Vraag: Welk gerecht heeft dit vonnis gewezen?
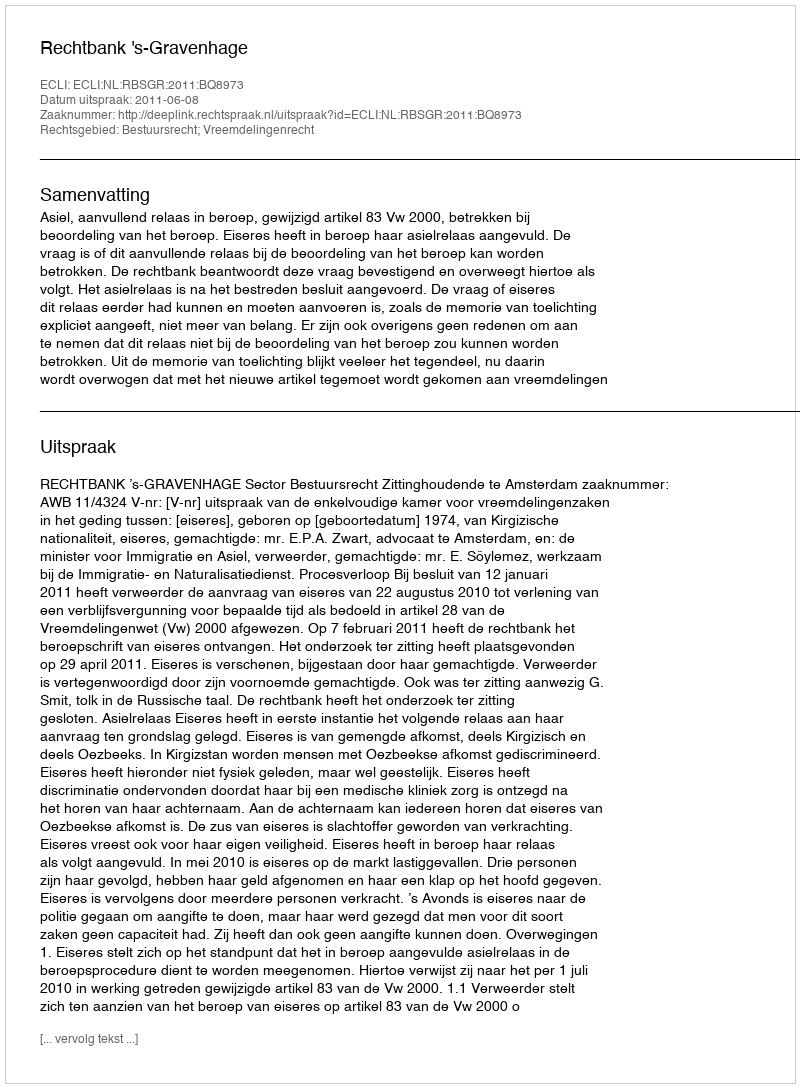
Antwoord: Rechtbank 's-Gravenhage